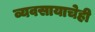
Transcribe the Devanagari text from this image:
व्यवसायाचेही